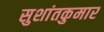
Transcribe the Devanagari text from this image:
सुशांतकुमार